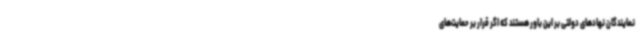
نمایندگان نهادهای دولتی بر این باور هستند که اگر قرار بر حمایت‌های